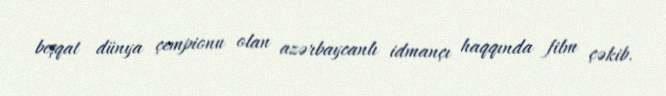
beşqat dünya çempionu olan azərbaycanlı idmançı haqqında film çəkib.